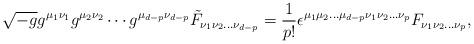
LaTeX: \begin{align*}\sqrt{-g} g^{\mu_{1}\nu_{1}} g^{\mu_{2}\nu_{2}}\cdots g^{\mu_{d-p}\nu_{d-p}}{\tilde F}_{\nu_{1}\nu_{2} \ldots \nu_{d-p}}=\frac{1}{p!}\epsilon^{\mu_{1}\mu_{2} \ldots \mu_{d-p} \nu_{1}\nu_{2}\ldots \nu_{p} }F_{\nu_{1} \nu_{2} \ldots \nu_{p}},\end{align*}